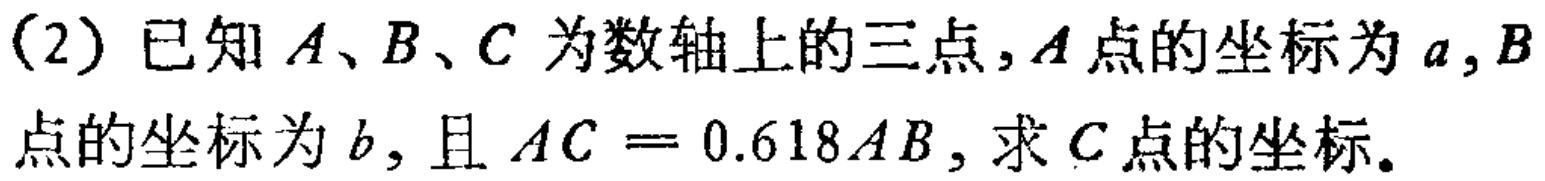
(2) 已知 \(A、B、C\) 为数轴上的三点，\(A\) 点的坐标为 \(a\)，\(B\) 点的坐标为 \(b\)，且 \(AC = 0.618AB\)，求 \(C\) 点的坐标。